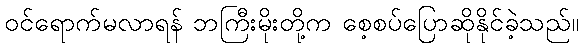
ဝင်ရောက်မလာရန် ဘကြီးမိုးတို့က စေ့စပ်ပြောဆိုနိုင်ခဲ့သည်။